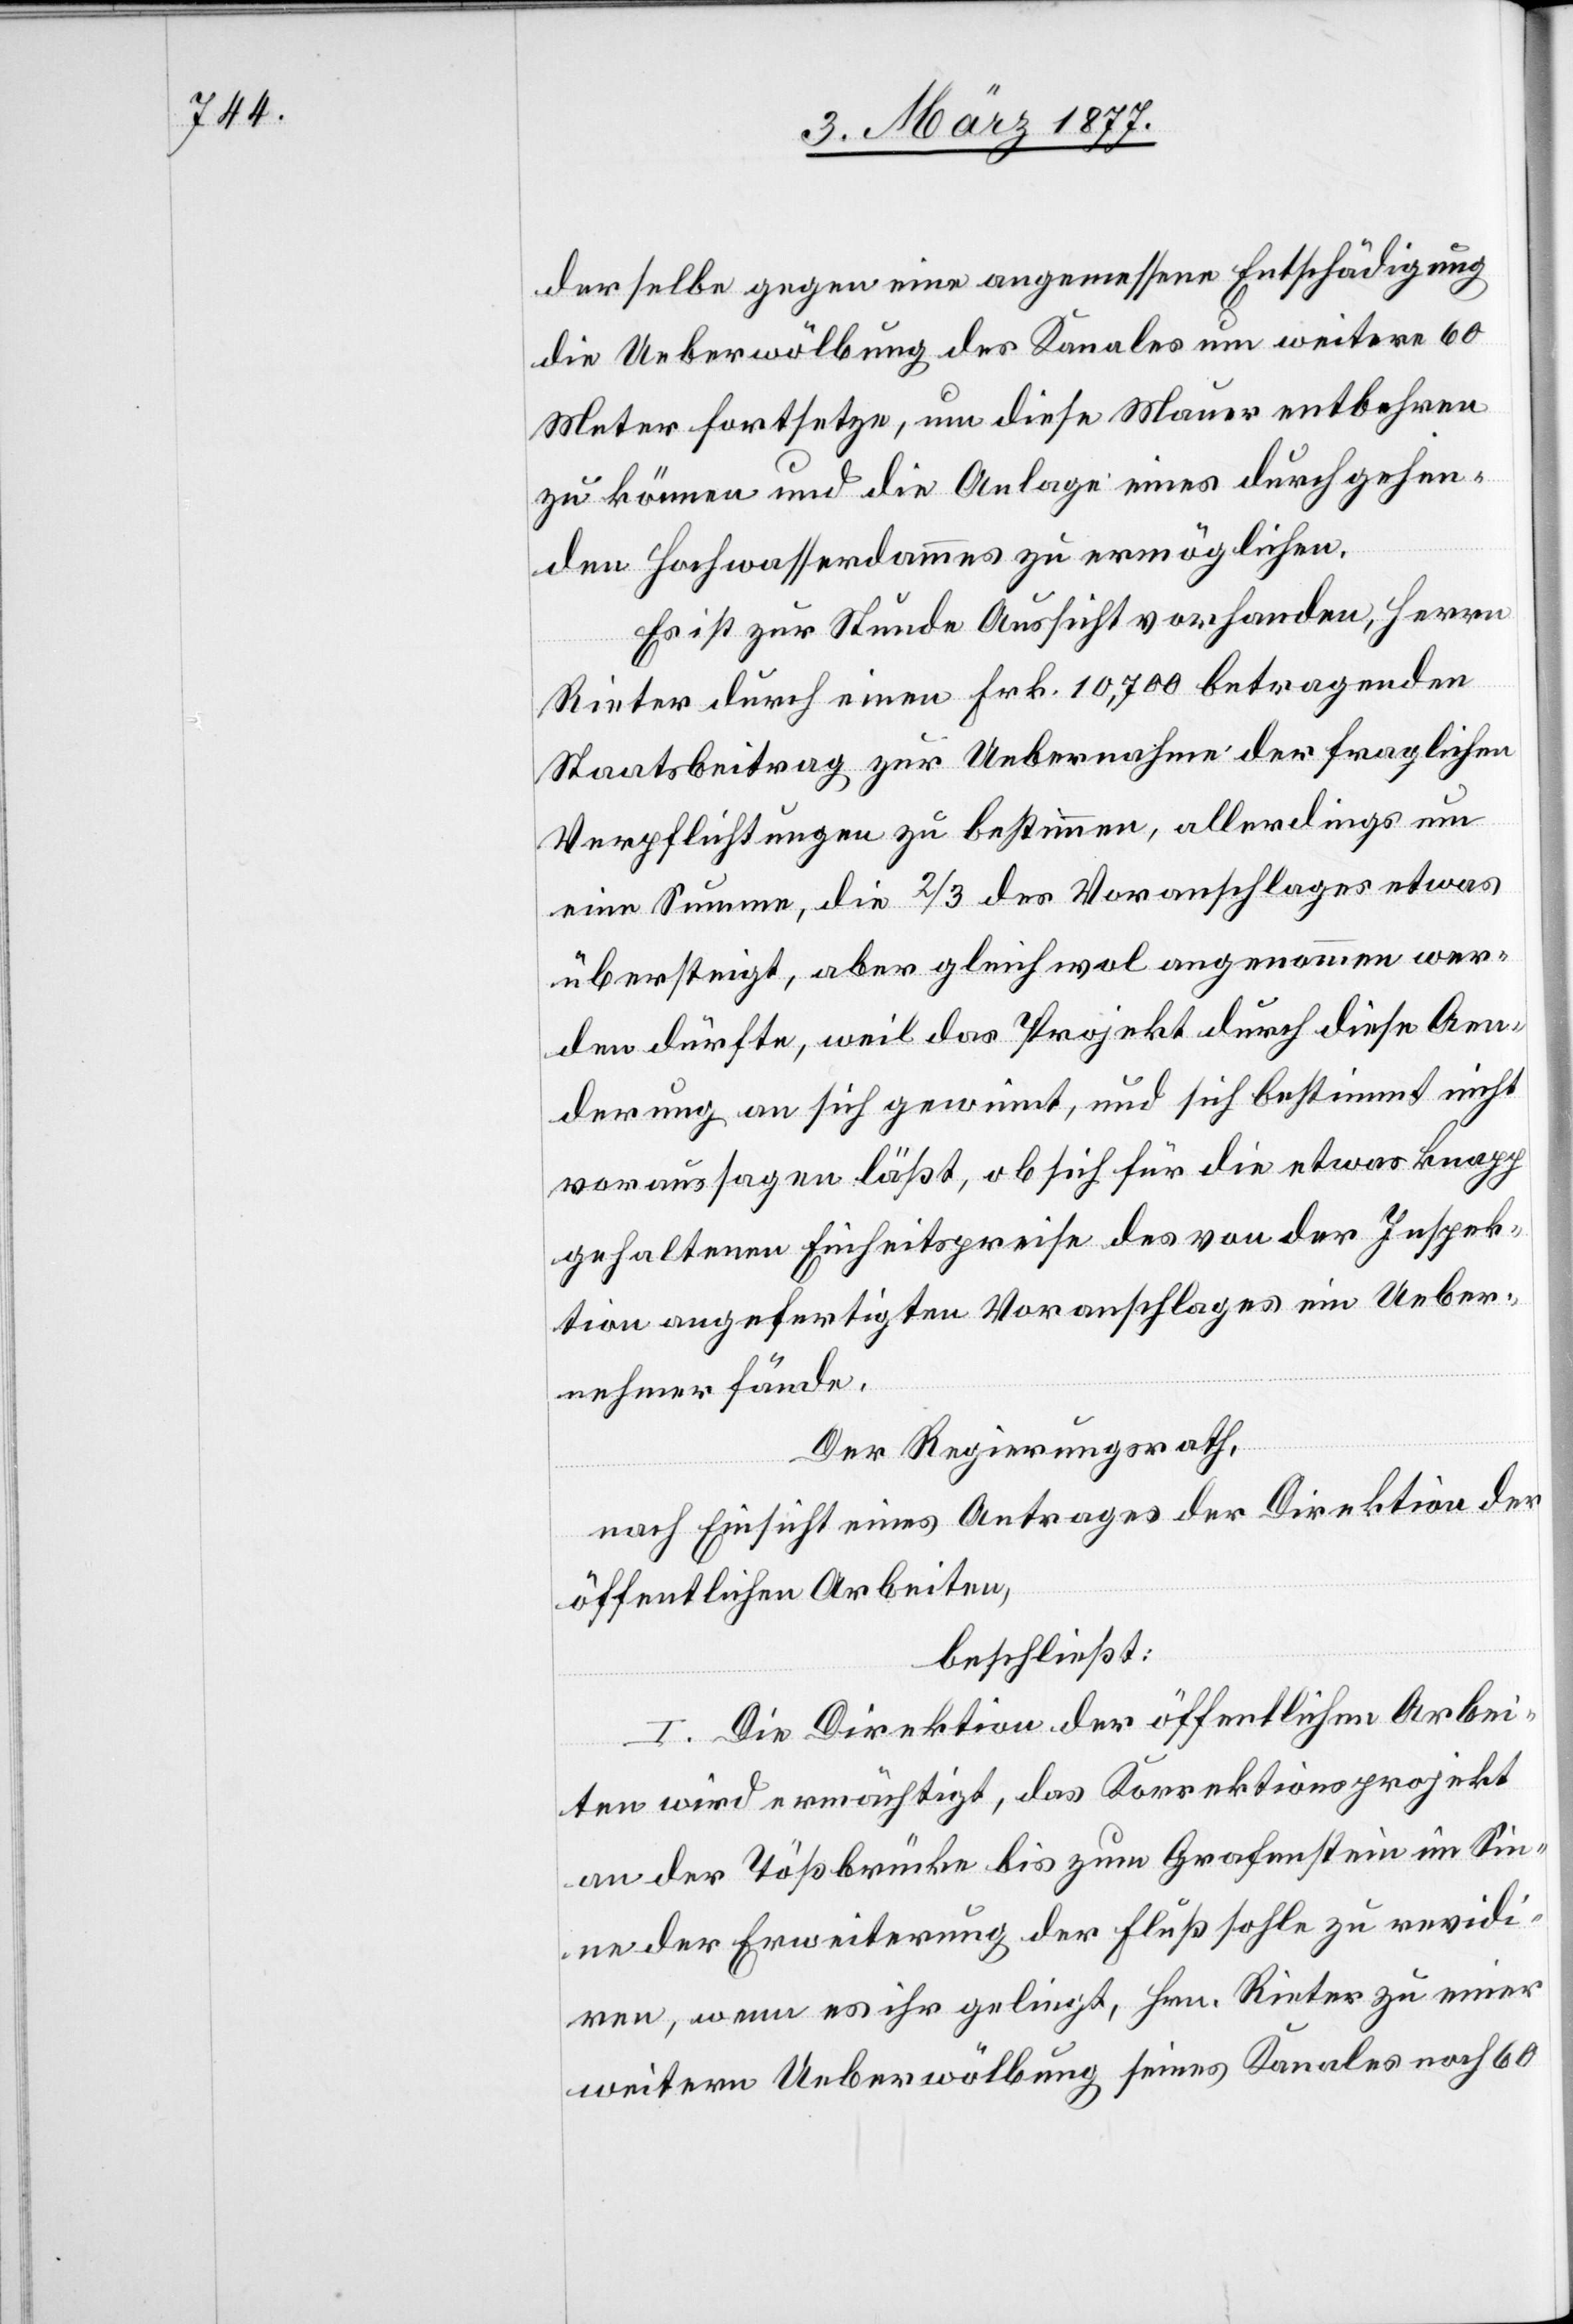
derselbe gegen eine angemessene Entschädigung
die Ueberwölbung des Kanales um weitere 60
Meter fortsetze, um diese Mauer entbehren
zu können und die Anlage eines durchgehen¬
den Hochwasserdammes zu ermöglichen.
Es ist zur Stunde Aussicht vorhanden, Herrn
Rieter durch einen Frk. 10,700 betragenden
Staatsbeitrag zur Uebernahme der fraglichen
Verpflichtungen zu bestimmen, allerdings um
eine Summe, die 2/3 des Voranschlages etwas
übersteigt, aber gleichwol angenommen wer¬
den dürfte, weil das Projekt durch diese Aen¬
derung an sich gewinnt, und sich bestimmt nicht
voraussagen läßt, ob sich für die etwas knapp
gehaltenen Einheitspreise des von der Inspek¬
tion angefertigten Voranschlages ein Ueber¬
nehmer fände.
Der Regierungsrath,
nach Einsicht eines Antrages der Direktion der
öffentlichen Arbeiten,
beschließt:
I. Die Direktion der öffentlichen Arbei¬
ten wird ermächtigt, das Korrektionsprojekt
an der Tößbrücke bis zum Grafenstein im Sin¬
ne der Erweiterung der Flußsohle zu revidi¬
ren, wenn es ihr gelingt, Hrn. Rieter zu einer
weitern Ueberwölbung seines Kanales noch 60